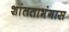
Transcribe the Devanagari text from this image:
शांतताभंगास